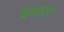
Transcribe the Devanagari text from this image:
बळाला